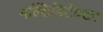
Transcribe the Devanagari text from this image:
मल्टिडिटेक्टर